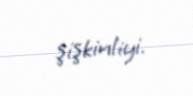
şişkinliyi.